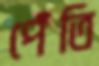
পেঁতি